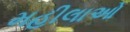
મહીલાઓ